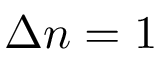
\Delta n = 1